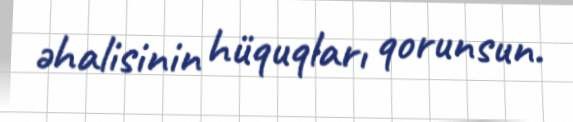
əhalisinin hüquqları qorunsun.